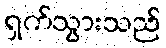
ရှက်သွားသည်